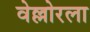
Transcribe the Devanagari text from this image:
वेल्लोरला